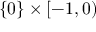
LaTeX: \{ 0 \} \times [ - 1 , 0 )